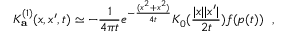
K _ { \bf a } ^ { ( 1 ) } ( x , x ^ { \prime } , t ) \simeq - { \frac { 1 } { 4 \pi t } } e ^ { - { \frac { ( x ^ { 2 } + x ^ { 2 } ) } { 4 t } } } K _ { 0 } ( { \frac { | x | | x ^ { \prime } | } { 2 t } } ) f ( p ( t ) ) ~ ~ ,